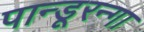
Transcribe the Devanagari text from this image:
पान्डूरन्गा